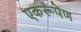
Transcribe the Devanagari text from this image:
एकरूपेण